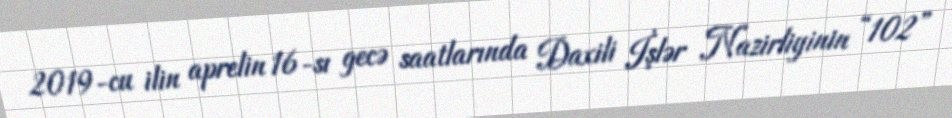
2019-cu ilin aprelin 16-sı gecə saatlarında Daxili İşlər Nazirliyinin “102”